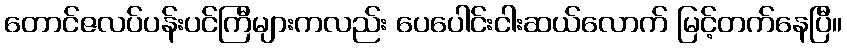
တောင်ဇလပ်ပန်းပင်ကြီများကလည်း ပေပေါင်းငါးဆယ်လောက် မြင့်တက်နေပြီ။